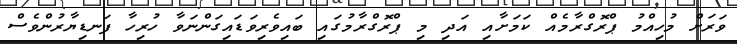
ވަރަށް މުހިއްމު ޕްރޮގްރާމެއް ކަމަށާއި އަދި މި ޕްރޮގްރާމުގައި ބައިވެރިވަޑައިގަންނަވާ ހުރިހާ ފަނޑިޔާރުންވެސް